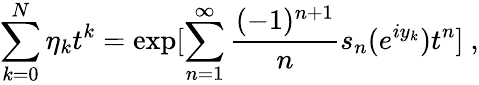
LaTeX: \sum_{k=0}^{N}\eta_{k}t^{k}=\exp[\sum_{n=1}^{\infty}\frac{(-1)^{n+1}}{n}s_{n}(e^{iy_{k}})t^{n}]\ ,